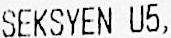
SEKSYEN U5,